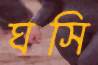
ঘসি